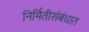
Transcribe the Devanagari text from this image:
निर्मितीसंबंधात